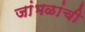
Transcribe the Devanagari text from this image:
जांभळांची